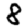
Digit: 8